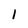
Character: 1